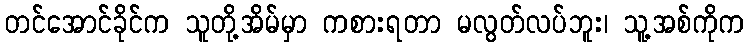
တင်အောင်ခိုင်က သူတို့အိမ်မှာ ကစားရတာ မလွတ်လပ်ဘူး၊ သူ့အစ်ကိုက